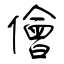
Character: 儈